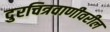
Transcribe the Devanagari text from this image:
दुरचित्रवाणीवरील